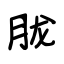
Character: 胧